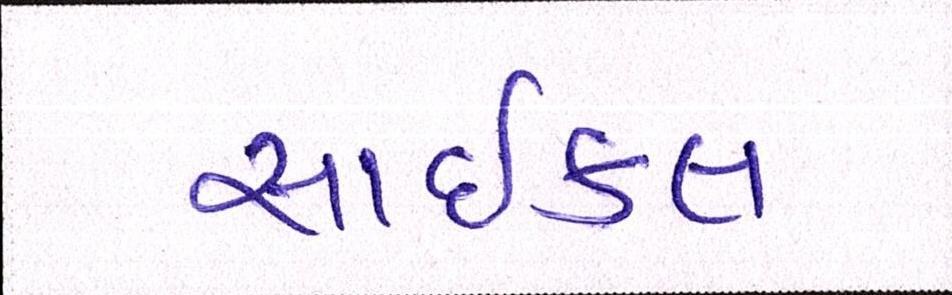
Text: સાઇકલ